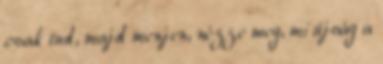
csak tud, majd menjen, nézze meg, mi újság a